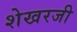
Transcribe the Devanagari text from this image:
शेखरजी